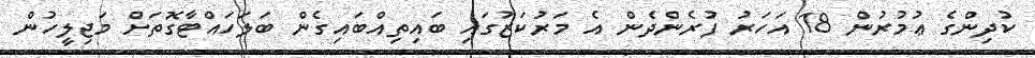
ކުދިންގެ ޢުމުރުން 18 އަހަރު ފުރެންދެން އެ މަރުކަޒުގައި ބައިތިއްބައިގެން ބަލަހައްޓާގޮތަށް މަޖިލީހުން